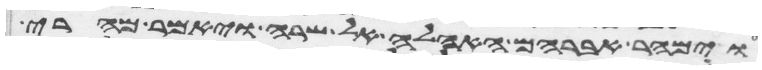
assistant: וימהר אברהם האהלה אל שרה ויאמר מהרי